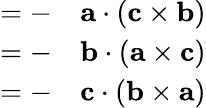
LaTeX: \begin{array}{rl}{=-}&{{}\mathbf{a}\cdot(\mathbf{c}\times\mathbf{b})}\\ {=-}&{{}\mathbf{b}\cdot(\mathbf{a}\times\mathbf{c})}\\ {=-}&{{}\mathbf{c}\cdot(\mathbf{b}\times\mathbf{a})}\end{array}